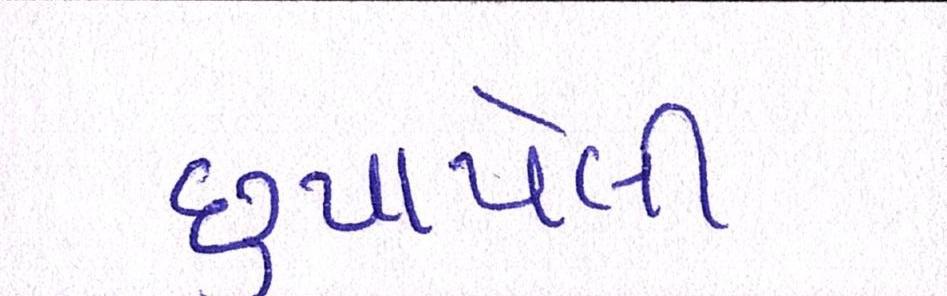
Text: છુપાયેલી